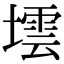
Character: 墵